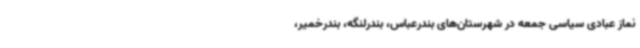
نماز عبادی سیاسی جمعه در شهرستان‌های بندرعباس، بندرلنگه، بندرخمیر،